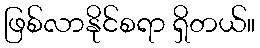
ဖြစ်လာနိုင်စရာ ရှိတယ်။